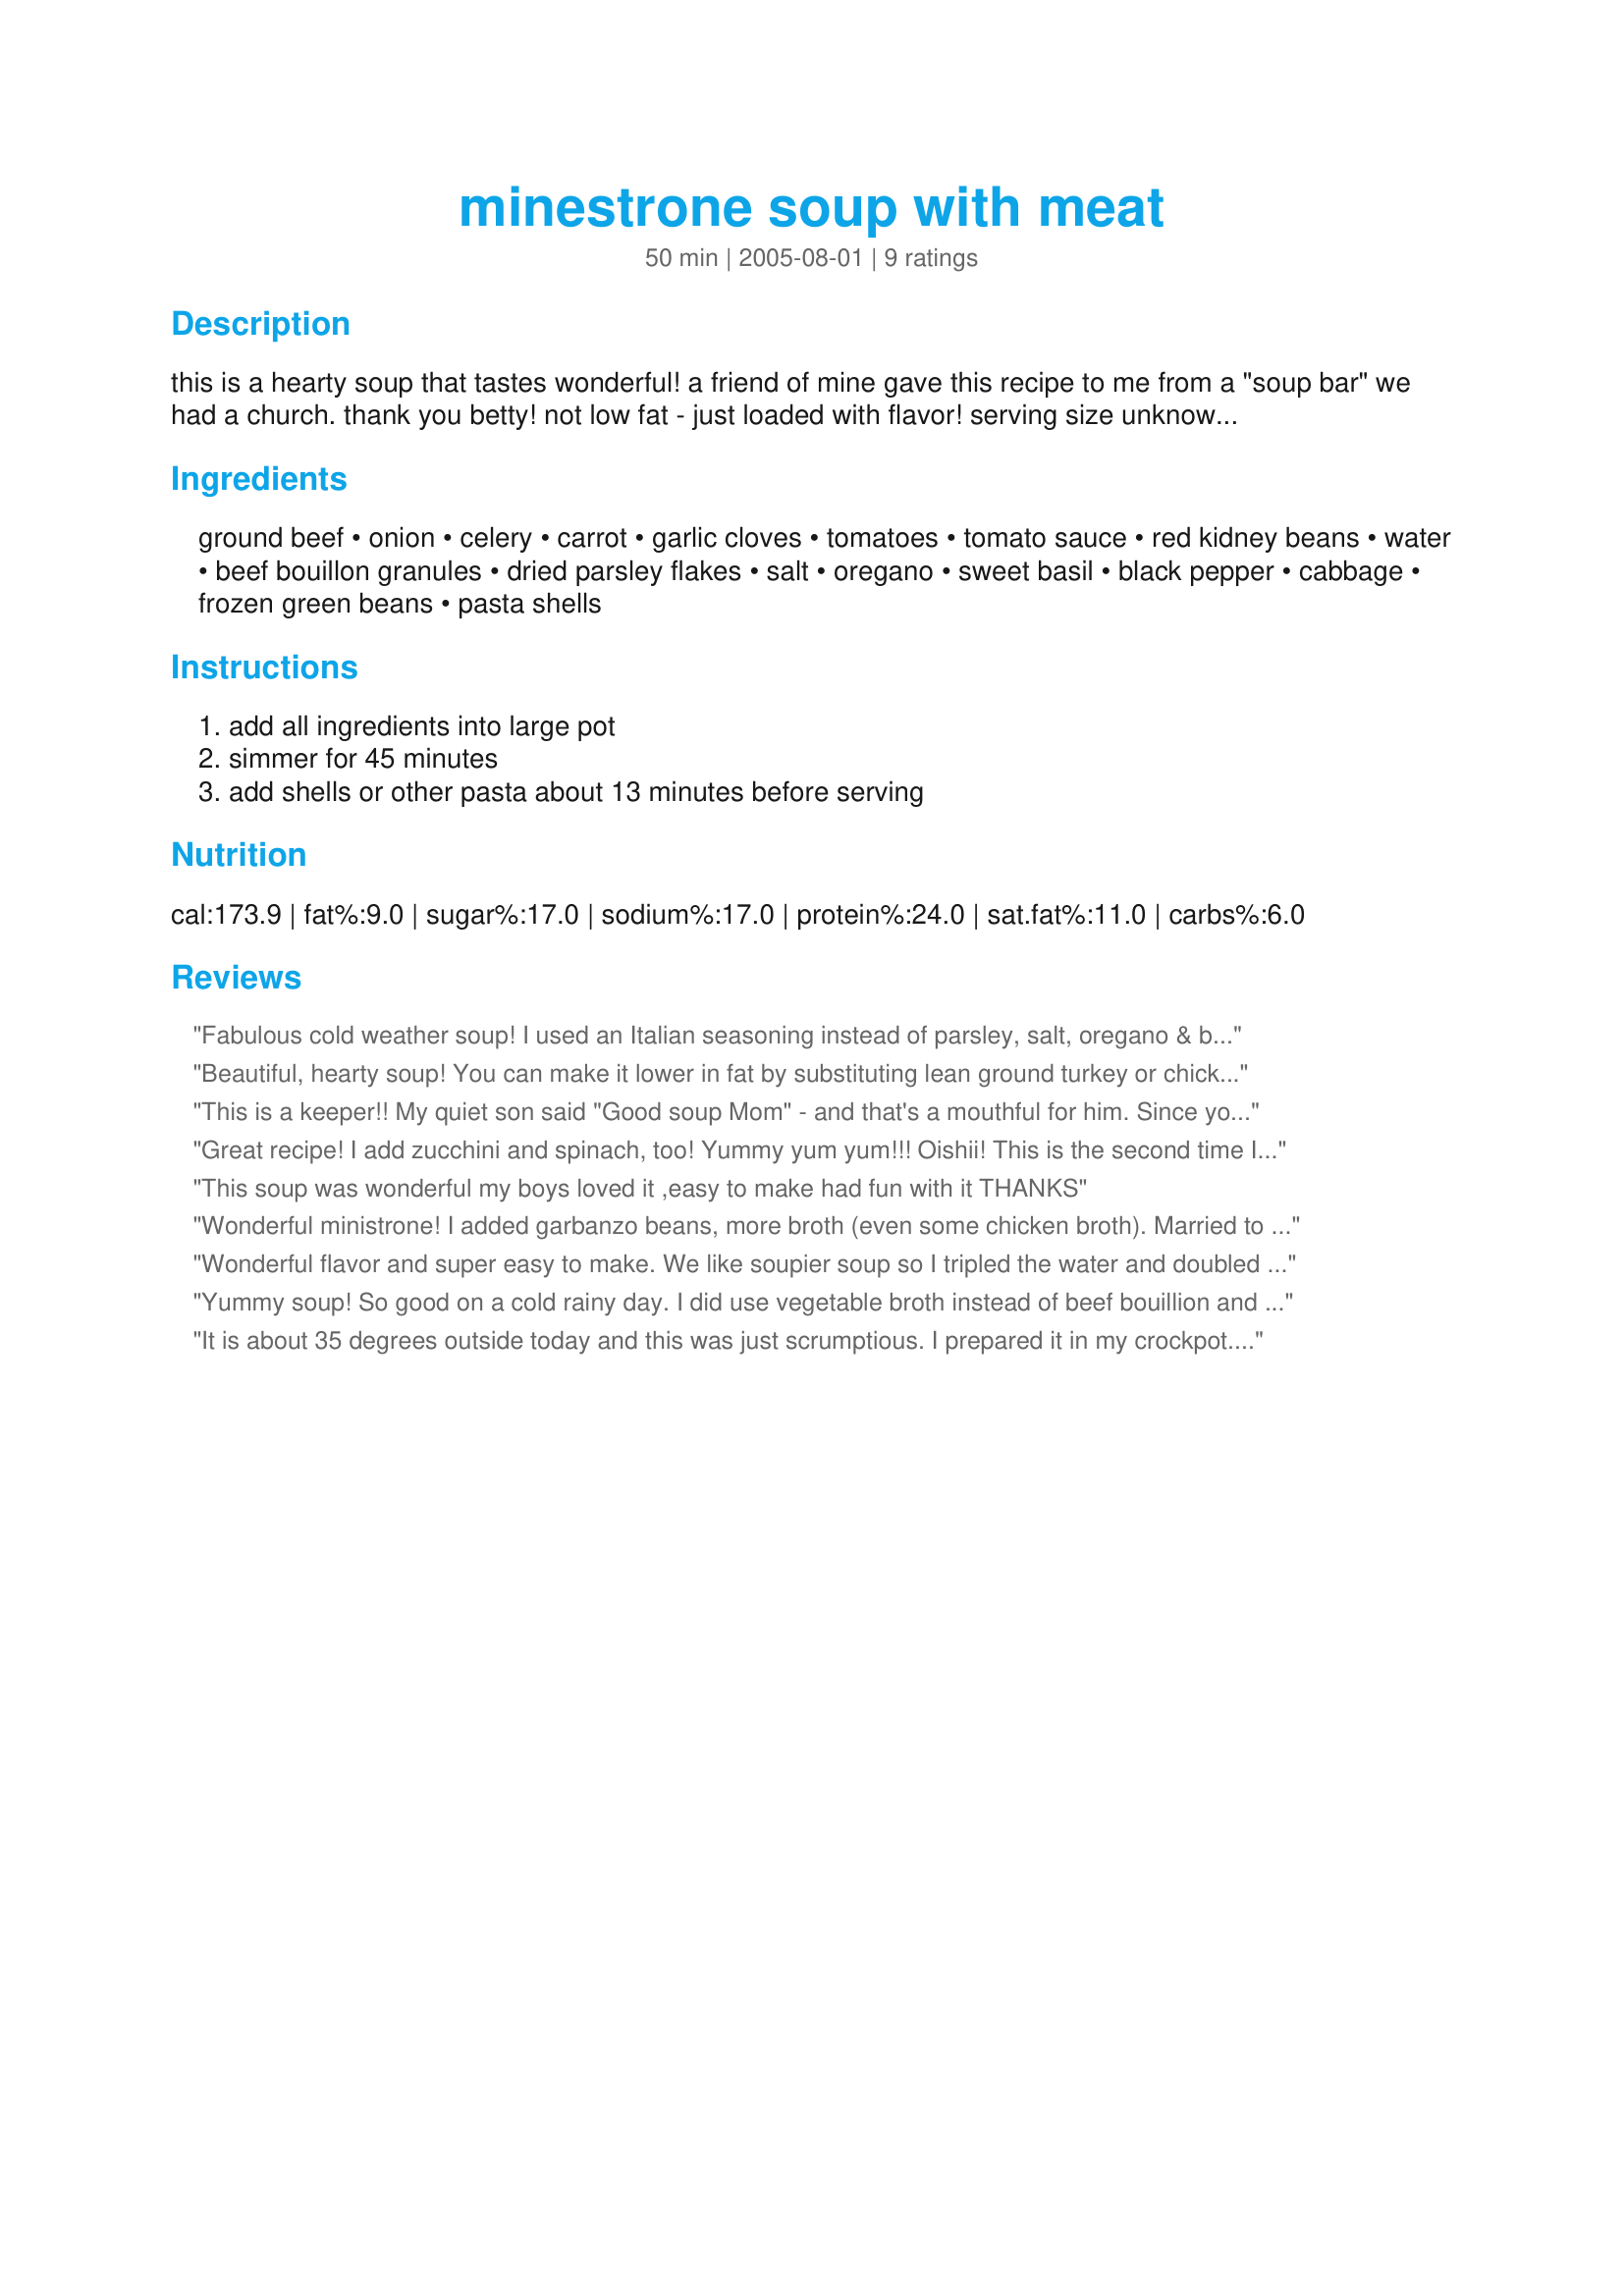
minestrone soup with meat
Preparation time: 50 minutes

this is a hearty soup that tastes wonderful! a friend of mine gave this recipe to me from a "soup bar" we had a church. thank you betty!
not low fat - just loaded with flavor!
serving size unknown. you can double this recipe and freeze some for later. oamc

Ingredients:
ground beef, onion, celery, carrot, garlic cloves, tomatoes, tomato sauce, red kidney beans, water, beef bouillon granules, dried parsley flakes, salt, oregano, sweet basil, black pepper, cabbage, frozen green beans, pasta shells

Steps:
add all ingredients into large pot, simmer for 45 minutes, add shells or other pasta about 13 minutes before serving

Reviews:
Fabulous cold weather soup! I used an Italian seasoning instead of parsley, salt, oregano & basil because I lost 2 hrs time after slicing my finger on a mandolin & going to the ER for 6 stitches! Also added 1 1/2 cups pasta. My grown sons refuse to eat this "finger soup" & that's fine with me! I froze it in single serving containers & enjoy it on long, cold 12 hr shifts in my ER! Thanks so much!
Beautiful, hearty soup! You can make it lower in fat by substituting lean ground turkey or chicken breast (even use Yves veggie ground round if you are a veg --it's GREAT!), also use whole grain pasta. Won't change the wonderful taste one bit!
This is a keeper!! My quiet son said "Good soup Mom" - and that's a mouthful for him. Since you already had such great reviews from very reliable sources, I took the liberty of making this in the slow cooker on low for 8 hours. It turned out great!! I did add one extra cup of water, used low sodium products and did not add salt. I cooked the pasta on the stove and stirred it in. The flavor, combination of vegetables and many textures of this soup make it wonderful!! Thanks Bella Donna!!
Great recipe! I add zucchini and spinach, too! Yummy yum yum!!! Oishii! This is the second time I am making. Definitely, a &quot;keeper&quot; and a &quot;go to&quot;, because it is not complex.
This soup was wonderful my boys loved it ,easy to make had fun with it THANKS
Wonderful ministrone! I added garbanzo beans, more broth (even some chicken broth). Married to a "Super" Italian and he loved it. As usual, we added grated parmesan on top when serving. Very good!
Wonderful flavor and super easy to make. We like soupier soup so I tripled the water and doubled the beef boulion. Also used ground turkey, not ground beef and added some italian sausage. This will definitely be a repeat recipe!
Yummy soup! So good on a cold rainy day. I did use vegetable broth instead of beef bouillion and canned cut green beans. Also cooked the noodles, drained, and than added to soup. Thank you Heather for this great recipe.
It is about 35 degrees outside today and this was just scrumptious. I prepared it in my crockpot. I served it with Amish Bread for Machine #47090, Apple Butter #93886 and Apple-Cinnamon Crumble Pie #161975 (made as a crumble, not a pie). What a great meal and all the recipes were from Recipezaar.
